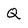
Character: Q